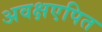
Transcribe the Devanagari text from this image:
अवक्षएपित